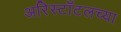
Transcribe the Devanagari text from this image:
अरिस्टॉटलच्या